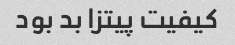
کیفیت پیتزا بد بود